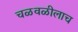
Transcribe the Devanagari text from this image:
चळवळीलाच